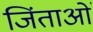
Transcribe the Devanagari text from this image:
जिंताओं